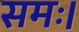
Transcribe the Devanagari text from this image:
समः।